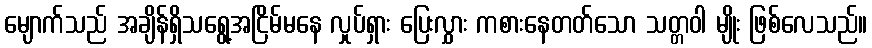
မျောက်သည် အချိန်ရှိသရွေ့အငြိမ်မနေ လှုပ်ရှား ပြေးလွှား ကစားနေတတ်သော သတ္တဝါ မျိုး ဖြစ်လေသည်။